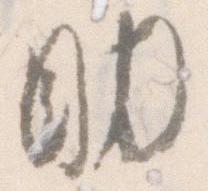
助